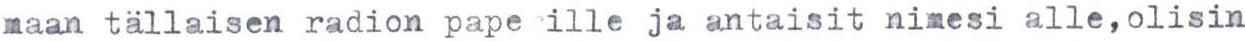
maan tällaisen radion pape ille ja antaisit nimesi alle, olisin